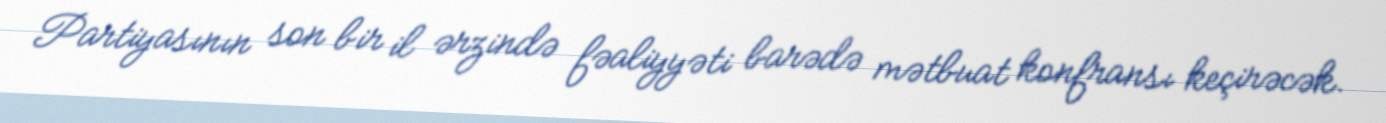
Partiyasının son bir il ərzində fəaliyyəti barədə mətbuat konfransı keçirəcək.